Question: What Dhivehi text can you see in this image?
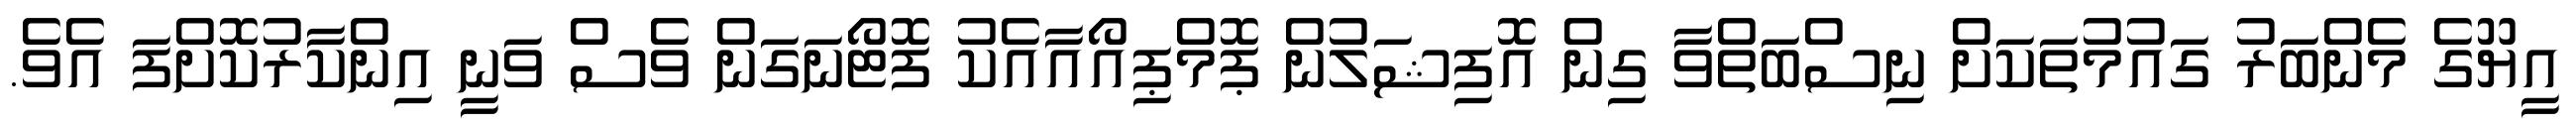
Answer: އީޔޫގެ މެންބަރު ގައުމުތަކަށް ނިސްބަތްވާ ގިން އޮފިޝަލުން ޕޮމްޕިއޯއާއެކު ފޮޓޯނަގަން ވެސް ވަނީ އިންކާރުކޮށްފަ އެވެ.